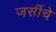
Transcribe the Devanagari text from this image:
जर्सीचे